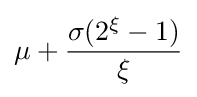
\mu +{\frac {\sigma (2^{\xi }-1)}{\xi }}